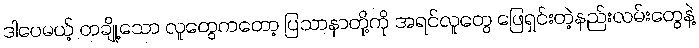
ဒါပေမယ့် တချို့သော လူတွေကတော့ ပြသာနာတို့ကို အရင်လူတွေ ဖြေရှင်းတဲ့နည်းလမ်းတွေနဲ့